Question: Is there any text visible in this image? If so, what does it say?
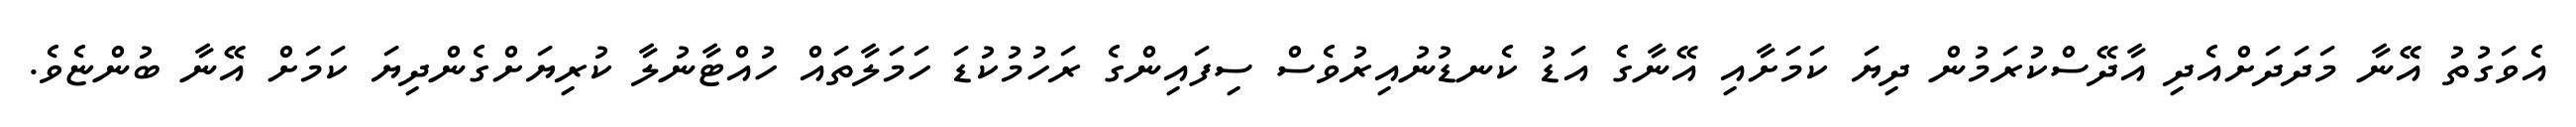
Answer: އެވަގުތު އޭނާ މަދަދަށްއެދި އާދޭސްކުރަމުން ދިޔަ ކަމަށާއި އޭނާގެ އަޑު ކެނޑުނުއިރުވެސް ސިފައިންގެ ރަހުމުކުޑަ ހަމަލާތައް ހުއްޓާނުލާ ކުރިޔަށްގެންދިޔަ ކަމަށް އޭނާ ބުންޏެވެ.